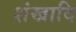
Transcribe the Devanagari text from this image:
शंखादि